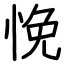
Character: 悗